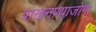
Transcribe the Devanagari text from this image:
वाखनण्याजोगा